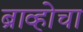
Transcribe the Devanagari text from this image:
ब्राव्होचा